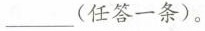
___(任答一条)。